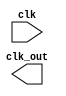
/*
*   Replace with your clock divider
*/

module clk_div #(parameter X = 1)(
    input clk,

    output clk_out
);

endmodule